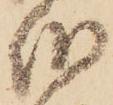
伯